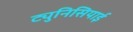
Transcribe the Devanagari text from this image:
ट्युनिसियाई